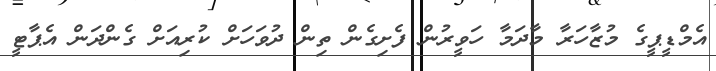
އެމްޑީޕީގެ މުޒާހަރާ މާދަމާ ހަވީރުން ފެށިގެން ތިން ދުވަހަށް ކުރިއަށް ގެންދަން އެޕާޓީ